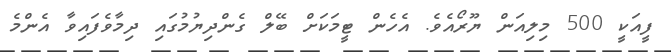
ފީއަކީ 500 މިލިއަން ޔޫރޯއެވެ. އެހެން ޓީމަކަށް ބޭލް ގެންދިޔުމުގައި ދިމާވެފައިވާ އެންމެ